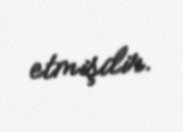
etmişdir.